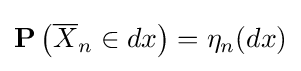
\mathbf {P} \left({\overline {X}}_{n}\in dx\right)=\eta _{n}(dx)